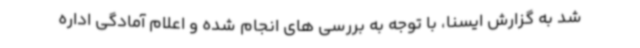
شد به گزارش ایسنا، با توجه به بررسی های انجام شده و اعلام آمادگی اداره